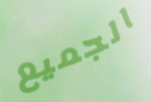
الجميع